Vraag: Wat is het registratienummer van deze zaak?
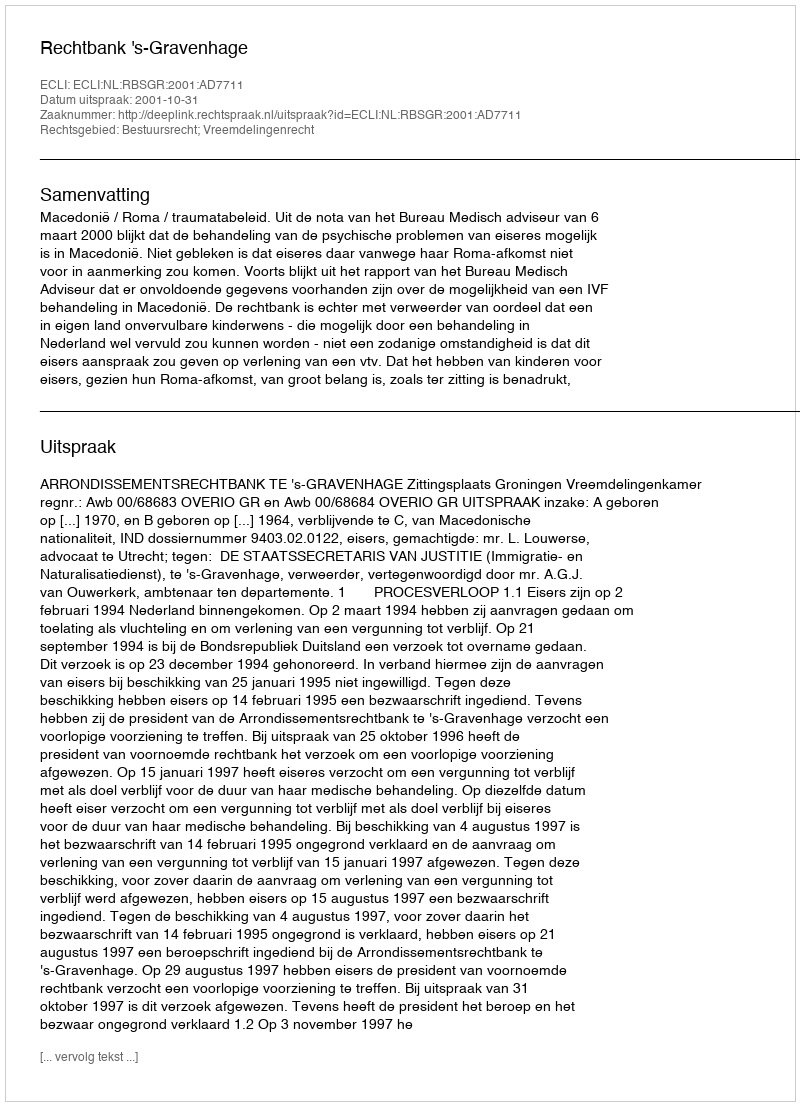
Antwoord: http://deeplink.rechtspraak.nl/uitspraak?id=ECLI:NL:RBSGR:2001:AD7711